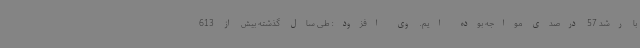
با رشد 57 درصدی مواجه بوده ایم. وی افزود: طی سال گذشته بیش از 613